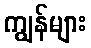
ကျွန်များ